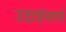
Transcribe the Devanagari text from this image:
उदाहंनार्थ